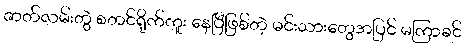
ဇာတ်လမ်းတွဲ စတင်ရိုက်ကူး နေပြီဖြစ်တဲ့ မင်းသားတွေအပြင် မကြာခင်